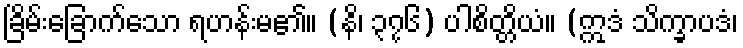
ခြိမ်းခြောက်သော ရဟန်းမ၏။ (နိ၊ ၃၇၆) ပါစိတ္တိယံ။ (ဣဒံ သိက္ခာပဒံ၊